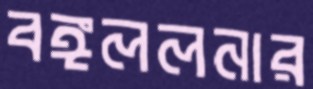
বঙ্গললনার